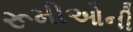
રૂમીઓની